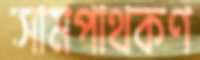
সামপাথকণ